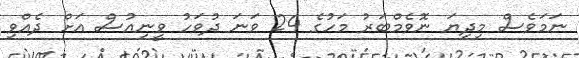
ނަމަވެސް މިދިޔަ ނޮވެމްބަރު މަހުގެ 24 ވަނަ ދުވަހު ވީނިއުސް އަށް ދެއްވި